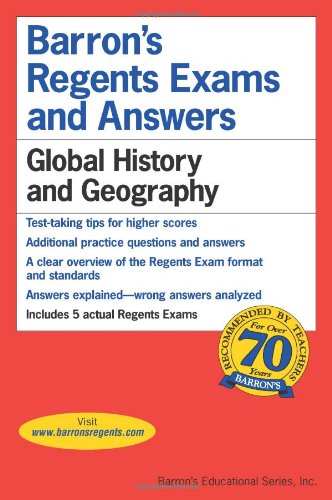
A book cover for Global History and Geography (Barron's Regents Exams and Answers Books); Romano; Test Preparation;